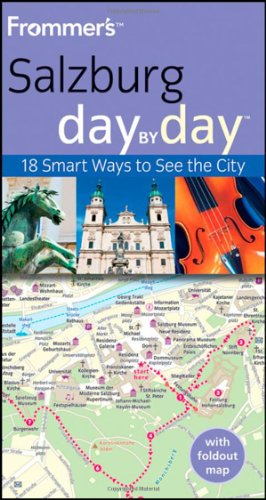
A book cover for Frommer's Salzburg Day By Day (Frommer's Day by Day - Pocket); Nick Dalton; Travel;